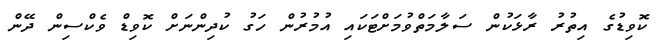
ކޮވިޑުގެ އިތުރު ރާޅަކުން ސަލާމަތްވުމަށްޓަކައި އުމުރުން ހަގު ކުދިންނަށް ކޮވިޑް ވެކްސިން ދޭން